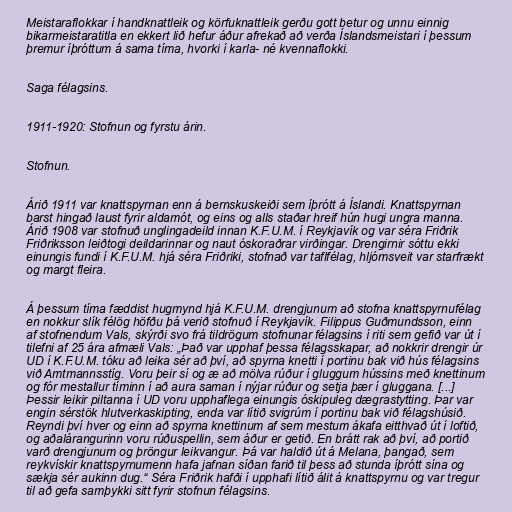
Meistaraflokkar í handknattleik og körfuknattleik gerðu gott betur og unnu einnig
bikarmeistaratitla en ekkert lið hefur áður afrekað að verða Íslandsmeistari í þessum
þremur íþróttum á sama tíma, hvorki í karla- né kvennaflokki.

Saga félagsins.

1911-1920: Stofnun og fyrstu árin.

Stofnun.

Árið 1911 var knattspyrnan enn á bernskuskeiði sem íþrótt á Íslandi. Knattspyrnan
barst hingað laust fyrir aldamót, og eins og alls staðar hreif hún hugi ungra manna.
Árið 1908 var stofnuð unglingadeild innan K.F.U.M. í Reykjavík og var séra Friðrik
Friðriksson leiðtogi deildarinnar og naut óskoraðrar virðingar. Drengirnir sóttu ekki
einungis fundi í K.F.U.M. hjá séra Friðriki, stofnað var taflfélag, hljómsveit var starfrækt
og margt fleira.

Á þessum tíma fæddist hugmynd hjá K.F.U.M. drengjunum að stofna knattspyrnufélag
en nokkur slík félög höfðu þá verið stofnuð í Reykjavík. Filippus Guðmundsson, einn
af stofnendum Vals, skýrði svo frá tildrögum stofnunar félagsins í riti sem gefið var út í
tilefni af 25 ára afmæli Vals: „Það var upphaf þessa félagsskapar, að nokkrir drengir úr
UD í K.F.U.M. tóku að leika sér að því, að spyrna knetti í portinu bak við hús félagsins
við Amtmannsstíg. Voru þeir sí og æ að mölva rúður í gluggum hússins með knettinum
og fór mestallur tíminn í að aura saman í nýjar rúður og setja þær í gluggana. [...]
Þessir leikir piltanna í UD voru upphaflega einungis óskipuleg dægrastytting. Þar var
engin sérstök hlutverkaskipting, enda var lítið svigrúm í portinu bak við félagshúsið.
Reyndi því hver og einn að spyrna knettinum af sem mestum ákafa eitthvað út í loftið,
og aðalárangurinn voru rúðuspellin, sem áður er getið. En brátt rak að því, að portið
varð drengjunum og þröngur leikvangur. Þá var haldið út á Melana, þangað, sem
reykvískir knattspyrnumenn hafa jafnan síðan farið til þess að stunda íþrótt sína og
sækja sér aukinn dug.“ Séra Friðrik hafði í upphafi lítið álit á knattspyrnu og var tregur
til að gefa samþykki sitt fyrir stofnun félagsins.